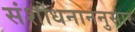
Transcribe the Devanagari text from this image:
संशोधनाननुसार